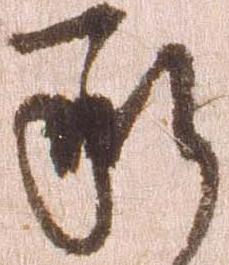
承